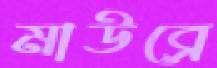
মাউব্রে